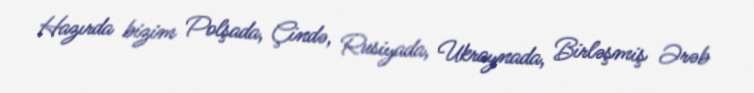
Hazırda bizim Polşada, Çində, Rusiyada, Ukraynada, Birləşmiş Ərəb